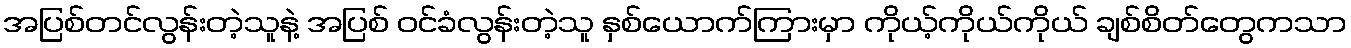
အပြစ်တင်လွန်းတဲ့သူနဲ့ အပြစ် ဝင်ခံလွန်းတဲ့သူ နှစ်ယောက်ကြားမှာ ကိုယ့်ကိုယ်ကိုယ် ချစ်စိတ်တွေကသာ